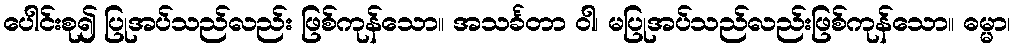
ပေါင်းစု၍ ပြုအပ်သည်လည်း ဖြစ်ကုန်သော။ အသင်္ခတာ ဝါ၊ မပြုအပ်သည်လည်းဖြစ်ကုန်သော။ ဓမ္မာ၊